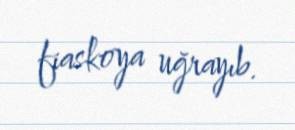
fiaskoya uğrayıb.